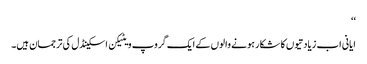
‘‘
ایانی اب زیادتیوں کا شکار ہونے والوں کے ایک گروپ ویٹیکن اسکینڈل کی ترجمان ہیں۔